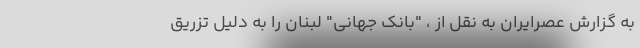
به گزارش عصرایران به نقل از ، "بانک جهانی" لبنان را به دلیل تزریق